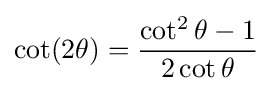
\cot(2\theta )={\frac {\cot ^{2}\theta -1}{2\cot \theta }}